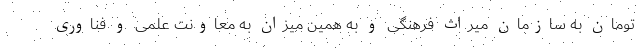
تومان به سازمان میراث فرهنگی و به همین میزان به معاونت علمی و فناوری